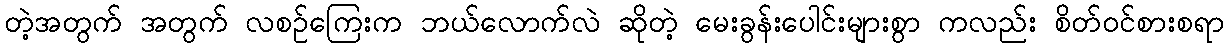
တဲ့အတွက် အတွက် လစဉ်ကြေးက ဘယ်လောက်လဲ ဆိုတဲ့ မေးခွန်းပေါင်းများစွာ ကလည်း စိတ်ဝင်စားစရာ